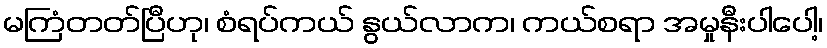
မကြံတတ်ပြီဟု၊ စံရပ်ကယ် နွယ်လာက၊ ကယ်စရာ အမှုနီးပါပေါ့၊